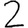
Digit: 2